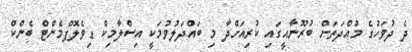
ދެ ދުވަހުގެ މުއްދަތަށް ބުރޫނާއީގައި ކުރިއަށްދާ މި ބައްދަލުވުމަކީ އިސްލާމިކް ޑިވެލޮޕްމެންޓް ބެންކް